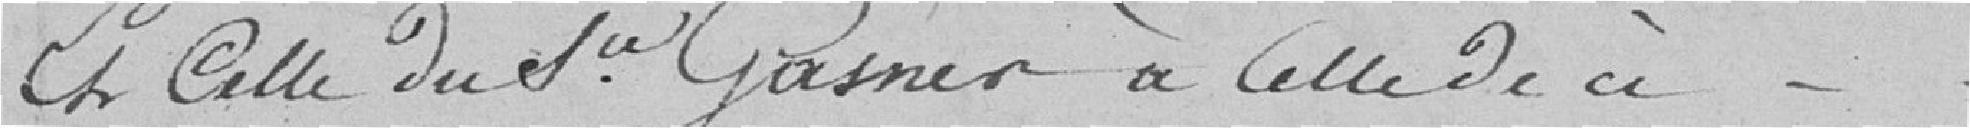
Et celle du Sieur Gasner à celle de ci